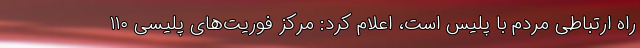
راه ارتباطی مردم با پلیس است، اعلام کرد: مرکز فوریت‌های پلیسی ۱۱۰